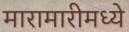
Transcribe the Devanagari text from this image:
मारामारीमध्ये